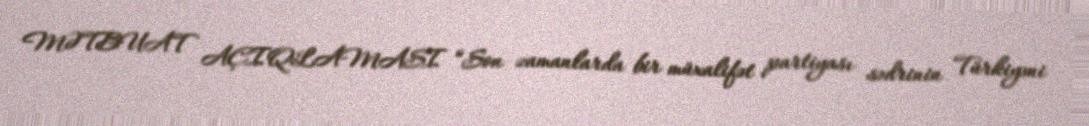
MƏTBUAT AÇIQLAMASI “Son zamanlarda bir müxalifət partiyası sədrinin Türkiyəni